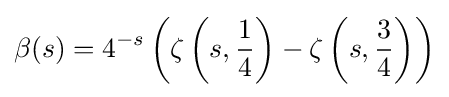
\beta (s)=4^{-s}\left(\zeta \left(s,{1 \over 4}\right)-\zeta \left(s,{3 \over 4}\right)\right)